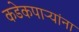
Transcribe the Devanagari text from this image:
कडेकपाऱ्यांना